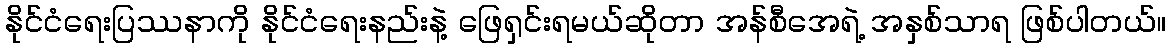
နိုင်ငံရေးပြဿနာကို နိုင်ငံရေးနည်းနဲ့ ဖြေရှင်းရမယ်ဆိုတာ အန်စီအေရဲ့ အနှစ်သာရ ဖြစ်ပါတယ်။